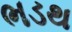
ભડથ